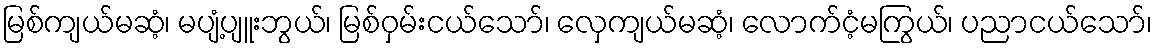
မြစ်ကျယ်မဆံ့၊ မပျံ့ပျူးဘွယ်၊ မြစ်ဝှမ်းငယ်သော်၊ လှေကျယ်မဆံ့၊ လောက်ငံ့မကြွယ်၊ ပညာငယ်သော်၊